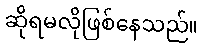
ဆိုရမလိုဖြစ်နေသည်။